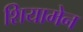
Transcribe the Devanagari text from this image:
शियामेन